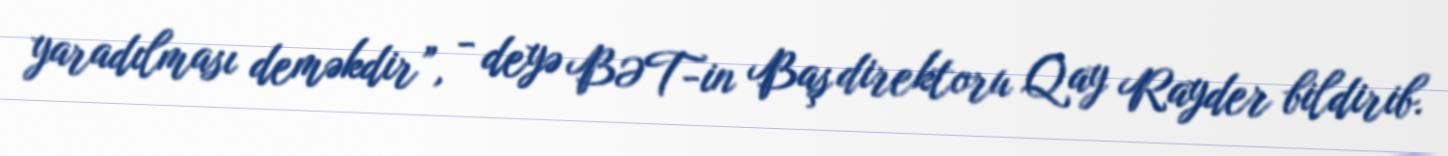
yaradılması deməkdir”, - deyə BƏT-in Baş direktoru Qay Rayder bildirib.